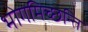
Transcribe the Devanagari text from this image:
भोगमिच्छन्ति